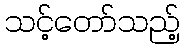
သင့်တော်သည့်